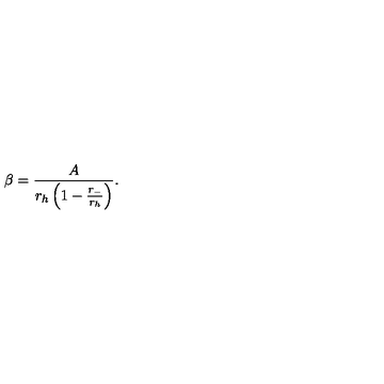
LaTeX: \beta = { \frac { A } { r _ { h } \left( 1 - { \frac { r _ { - } } { r _ { h } } } \right) } } .